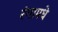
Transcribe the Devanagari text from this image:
रंगामधे